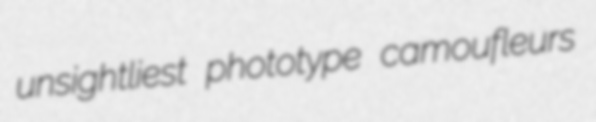
unsightliest phototype camoufleurs